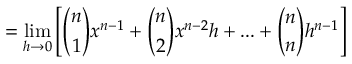
= \operatorname* { l i m } _ { h \to 0 } \left[ { \binom { n } { 1 } } x ^ { n - 1 } + { \binom { n } { 2 } } x ^ { n - 2 } h + . . . + { \binom { n } { n } } h ^ { n - 1 } \right]